Report of the Indian Hemp Drugs Commission, 1894-1895 - Volume V
Year: 1894
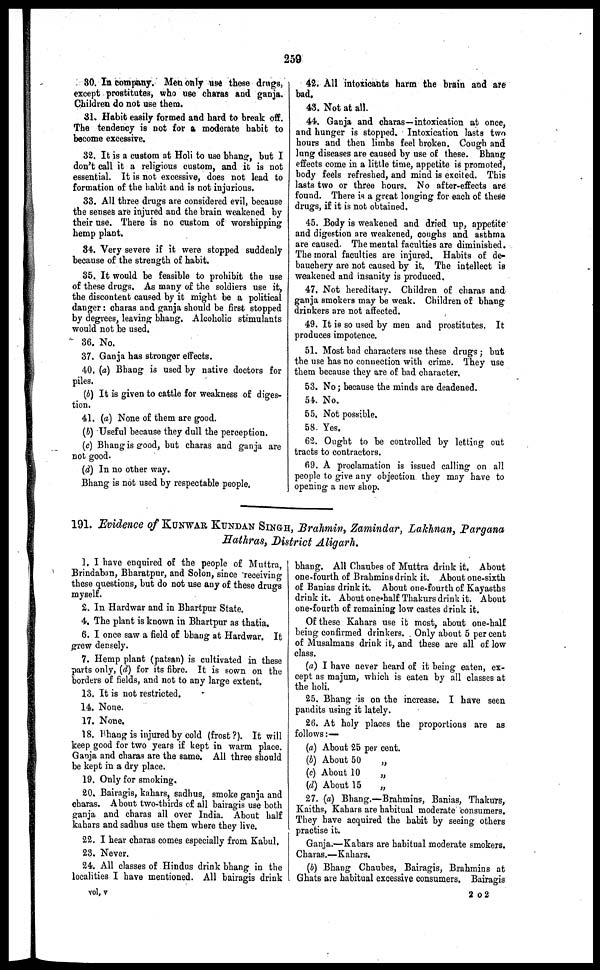
259
30. In company. Men only use these drugs,
except prostitutes, who use charas and ganja.
Children do not use them.
31. Habit easily formed and hard to break off.
The tendency is not for a moderate habit to
become excessive.
32. It is a custom at Holi to use bhang, but I
don't call it a religious custom, and it is not
essential. It is not excessive, does not lead to
formation of the habit and is not injurious.
33. All three drugs are considered evil, because
the senses are injured and the brain weakened by
their use. There is no custom of worshipping
hemp plant.
34. Very severe if it were stopped suddenly
because of the strength of habit.
35. It would be feasible to prohibit the use
of these drugs. As many of the soldiers use it,
the discontent caused by it might be a political
danger : charas and ganja should be first stopped
by degrees, leaving bhang. Alcoholic stimulants
would not be used.
36. No.
37. Ganja has stronger effects.
40. (a) Bhang is used by native doctors for
piles.
(b) It is given to cattle for weakness of diges-
tion.
41. (a) None of them are good.
(6) Useful because they dull the perception.
(c) Bhang is good, but charas and ganja are
not good.
(d) In no other way.
Bhang is not used by respectable people.
42. All intoxicants harm the brain and are
bad.
43. Not at all.
44. Ganja and charas—intoxication at once,
and hunger is stopped. Intoxication lasts two
hours and then limbs feel broken. Cough and
lung diseases are caused by use of these. Bhang
effects come in a little time, appetite is promoted,
body feels refreshed, and mind is excited. This
lasts two or three hours. No after-effects are
found. There is a great longing for each of these
drugs, if it is not obtained.
45. Body is weakened and dried up, appetite
and digestion are weakened, coughs and asthma
are caused. The mental faculties are diminished.
The moral faculties are injured. Habits of de-
bauchery are not caused by it. The intellect is
weakened and insanity is produced,
47, Not hereditary. Children of charas and
ganja smokers may be weak. Children of bhang
drinkers are not affected.
49. It is so used by men and prostitutes. It
produces impotence.
51. Most bad characters use these drugs ; but
the use has no connection with crime. They use
them because they are of bad character,
53. No ; because the minds are deadened.
54. No.
55. Not possible,
58. Yes.
62. Ought to be controlled by letting out
tracts to contractors.
69. A proclamation is issued calling on all
people to give any objection they may have to
opening a new shop.
191. Evidence of KUNWAR KUNDAN SINGH, Brahmin, Zamindar, Lakhnan, Pargana
Hathras, District Aligarh.
1. I have enquired of the people of Muttra,
Brindaban, Bharatpur, and Solon, since receiving
these questions, but do not use any of these drugs
myself.
2. In Hardwar and in Bhartpur State.
4. The plant is known in Bhartpur as thatia.
6. I once saw a field of bhang at Hardwar. It
grew densely.
7. Hemp plant (patsan) is cultivated in these
parts only, (d) for its fibre. It is sown on the
borders of fields, and not to any large extent.
13. It is not restricted.
14. None.
17. None,
18. Bhang is injured by cold (frost ?). It will
keep good for two years if kept in warm place.
Ganja and charas are the same. All three should
be kept in a dry place.
19. Only for smoking.
20. Bairagis, kahars, sadhus, smoke ganja and
charas. About two-thirds of all bairagis use both
ganja and charas all over India. About half
kahars and sadhus use them where they live.
22. I hear charas comes especially from Kabul,
23. Never.
24. All classes of Hindus drink bhang in the
localities I have mentioned. All bairagis drink
bhang. All Chaubes of Muttra drink it. About
one-fourth of Brahmins drink it. About one-sixth
of Banias drink it. About one-fourth of Kayasths
drink it. About one-half Thakurs drink it. About
one-fourth of remaining low castes drink it.
Of these Kahars use it most, about one-half
being confirmed drinkers. Only about 5 per cent
of Musalmans drink it, and these are all of low
class.
(a) I have never heard of it being eaten, ex-
cept as majum, which is eaten by all classes at
the holi.
25. Bhang is on the increase. I have seen
pandits using it lately.
26. At holy places the proportions are as
follows :—
(a)
(b)
(c)
(d)
About 25 per cent.
About 50
About 10
About 15
„
„
„
27. (a) Bhang.—Brahmins, Banias, Thakurs,
Kaiths, Kahars are habitual moderate consumers.
They have acquired the habit by seeing others
practise it.
Ganja.—Kahars are habitual moderate smokers.
Charas.—Kahars.
(b) Bhang Chaubes, Bairagis, Brahmins at
Ghats are habitual excessive consumers, Bairagis
vol, v
2 o 2